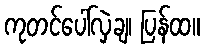
ကုတင်ပေါ်လှဲချ၊ ပြန်ထ။